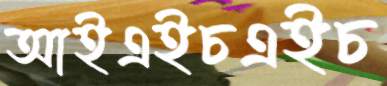
আইএইচএইচ